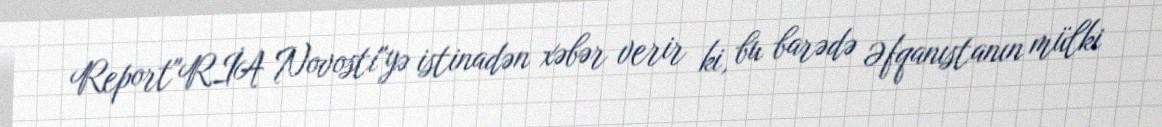
Report"RİA Novosti"yə istinadən xəbər verir ki, bu barədə Əfqanıstanın mülki